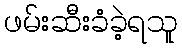
ဖမ်းဆီးခံခဲ့ရသူ